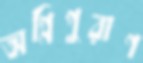
অগ্নিপুরাণ